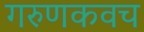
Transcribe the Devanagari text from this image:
गरुणकवच